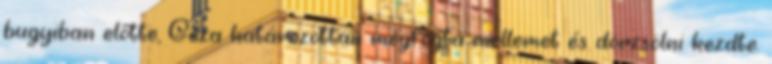
bugyiban előtte, Géza határozottan megfogta mellemet és dörzsölni kezdte.